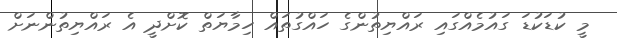
މީ ކުޑަކުޑަ ގައުމެއްގައި ރައްޔިތުންގެ ހައްގުތައް ހިމާޔަތް ކޮށްދީ އެ ރައްޔިތުންނަށް